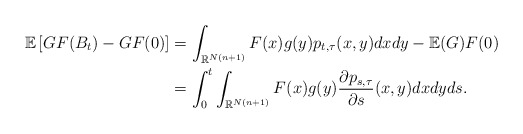
\begin{align*}\mathbb{E}\left[ GF(B_{t})-GF(0)\right] & =\int_{\mathbb{R}^{N(n+1)}}F(x)g(y)p_{t,\tau}(x,y)dxdy-\mathbb{E}(G)F(0)\\& =\int_{0}^{t}\int_{\mathbb{R}^{N(n+1)}}F(x)g(y)\frac{\partial p_{s,\tau}}{\partial s}(x,y)dxdyds.\end{align*}